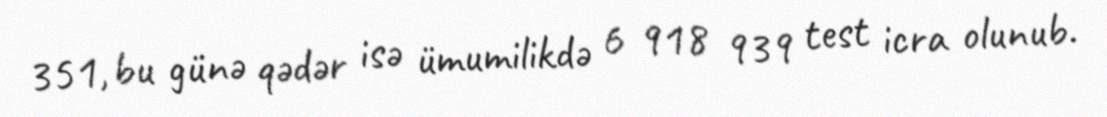
351, bu günə qədər isə ümumilikdə 6 918 939 test icra olunub.